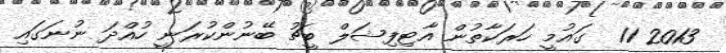
2013 11  ގައުމީ ހަރަކާތުން އާޓިފިޝަލް ބީޗު ބޭނުންކުރަނީ ހުއްދަ ނުނަގައި